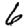
Digit: 6